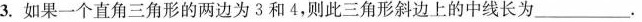
3.如果一个直角三角形的两边为3和4，则此三角形斜边上的中线长为___.